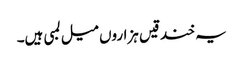
یہ خندقیں ہزاروں میل لمبی ہیں۔